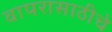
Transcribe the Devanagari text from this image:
वापरासाठीचे